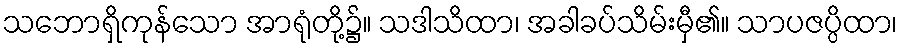
သဘောရှိကုန်သော အာရုံတို့၌။ သဒါသိထာ၊ အခါခပ်သိမ်းမှီ၏။ သာပဇပ္ပိထာ၊